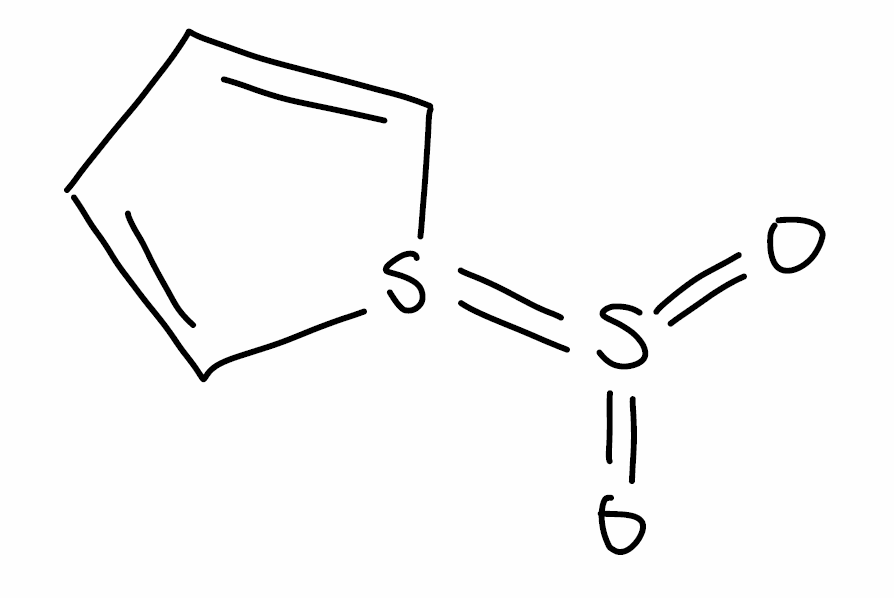
Simplified molecular-input line-entry system (SMILES) notation of the given molecule:
C1=CS(=S(=O)=O)C=C1